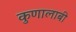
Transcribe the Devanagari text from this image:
कुणालाबी